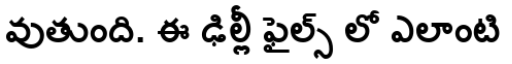
వుతుంది. ఈ ఢిల్లీ ఫైల్స్ లో ఎలాంటి